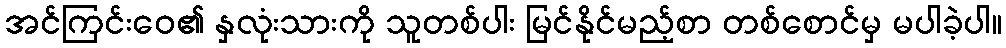
အင်ကြင်းဝေ၏ နှလုံးသားကို သူတစ်ပါး မြင်နိုင်မည့်စာ တစ်စောင်မှ မပါခဲ့ပါ။